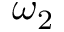
\omega _ { 2 }